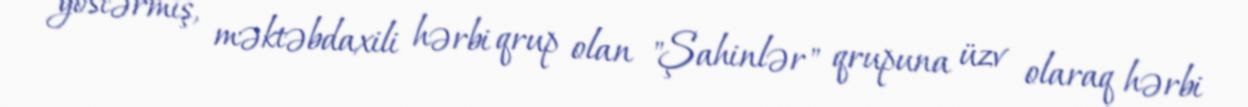
göstərmiş, məktəbdaxili hərbi qrup olan "Şahinlər" qrupuna üzv olaraq hərbi